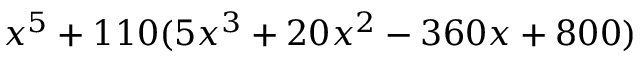
x ^ { 5 } + 1 1 0 ( 5 x ^ { 3 } + 2 0 x ^ { 2 } - 3 6 0 x + 8 0 0 )